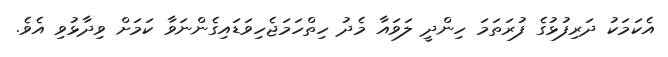
އެކަމަކު ދަރިފުޅުގެ ފުރަތަމަ ހިންދީ ލަވައާ މެދު ހިތްހަމަޖެހިވަޑައިގެންނަވާ ކަމަށް ވިދާޅުވި އެވެ.